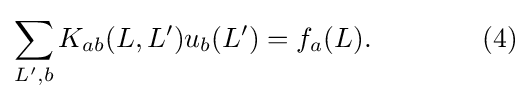
\sum _{L',b}K_{ab}(L,L')u_{b}(L')=f_{a}(L).\qquad \qquad (4)